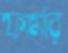
ফার্মার